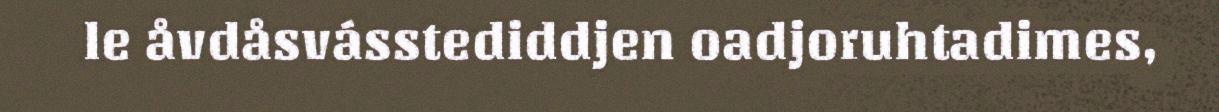
le åvdåsvásstediddjen oadjoruhtadimes,